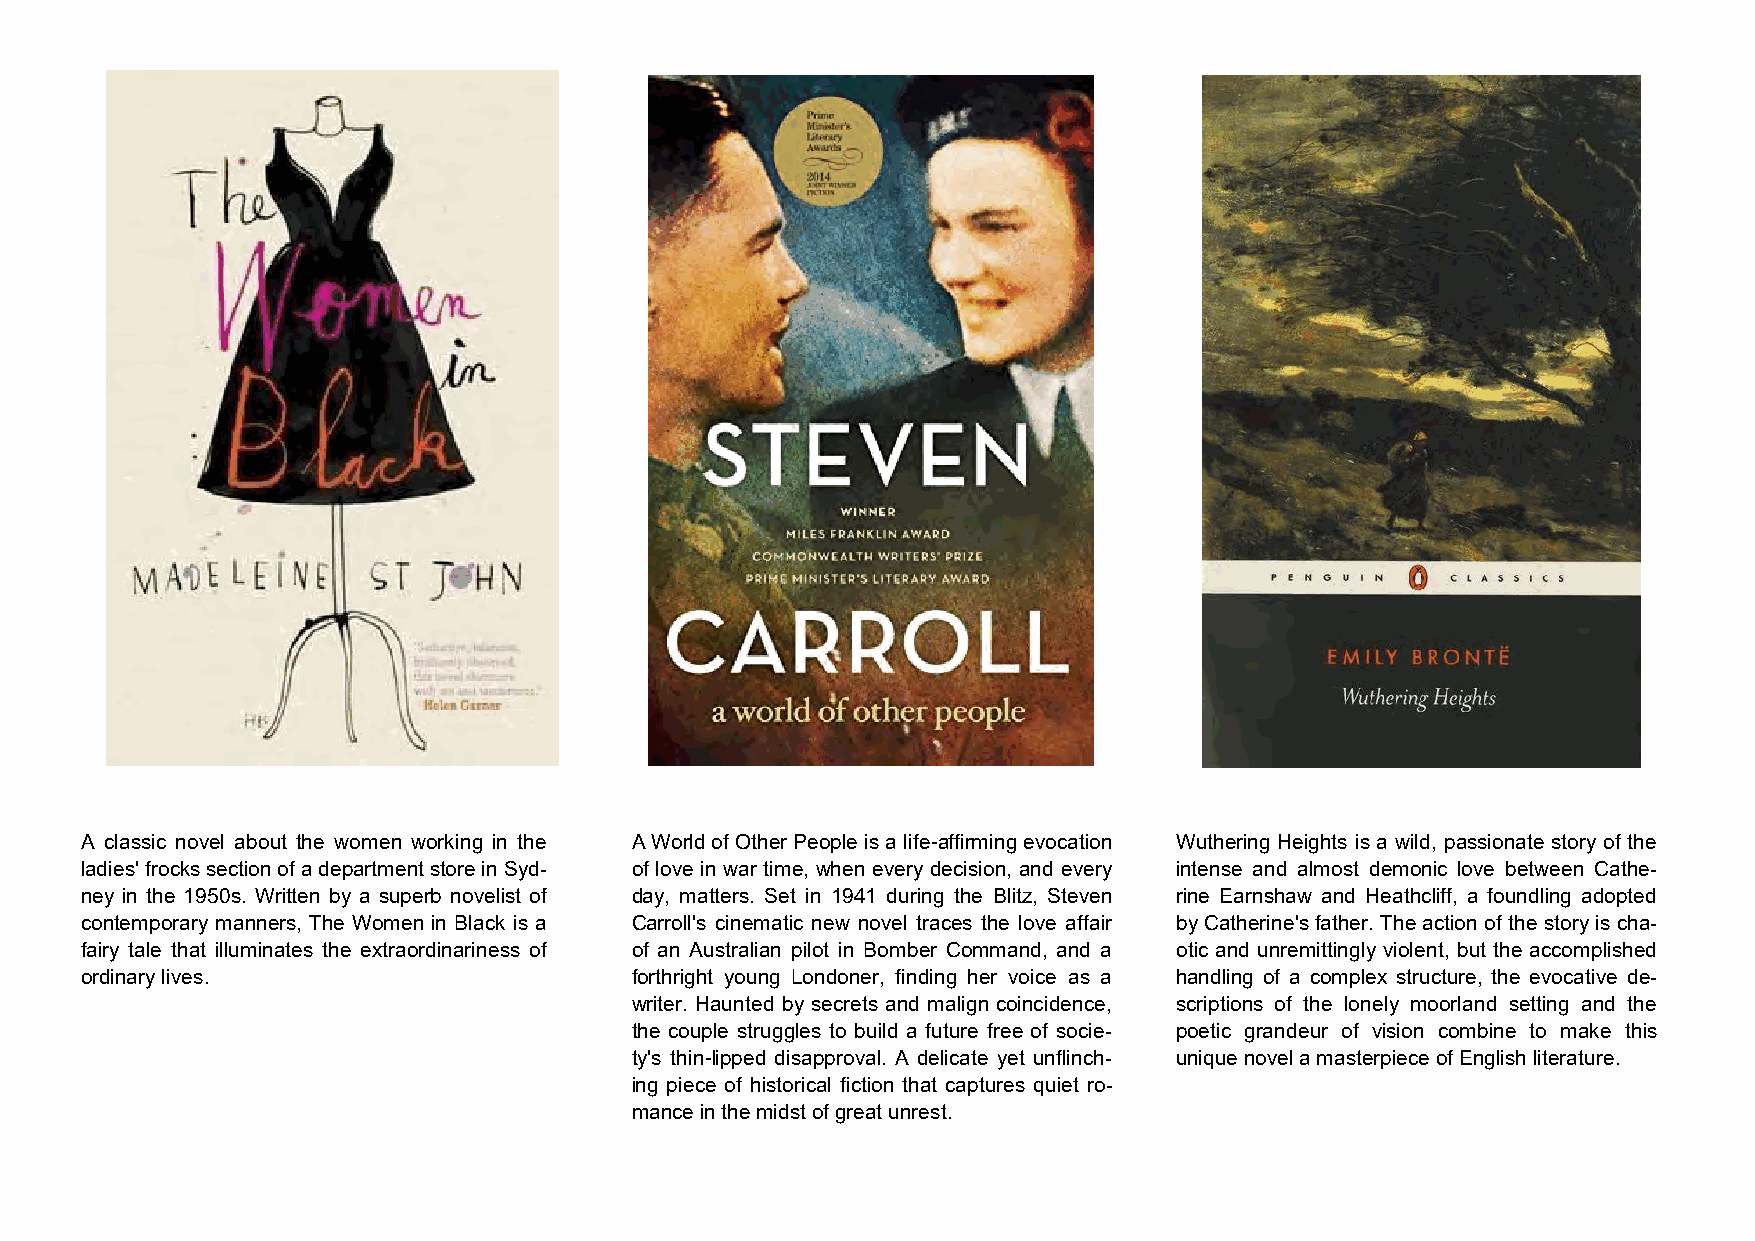
A classic novel about the women working in the A World of Other People is a life-affirming evocation Wuthering Heights is a wild, passionate story of the
 ladies' frocks section of a department store in Syd- of love in war time, when every decision, and every intense and almost demonic love between Cathe-
 ney in the 1950s. Written by a superb novelist of day, matters. Set in 1941 during the Blitz, Steven rine Earnshaw and Heathcliff, a foundling adopted
 contemporary manners, The Women in Black is a Carroll's cinematic new novel traces the love affair by Catherine's father. The action of the story is cha-
 fairy tale that illuminates the extraordinariness of of an Australian pilot in Bomber Command, and a otic and unremittingly violent, but the accomplished
 ordinary lives.                      forthright young Londoner, finding her voice as a handling of a complex structure, the evocative de-
 writer. Haunted by secrets and malign coincidence, scriptions of the lonely moorland setting and the
 the couple struggles to build a future free of socie- poetic grandeur of vision combine to make this
 ty's thin-lipped disapproval. A delicate yet unflinch- unique novel a masterpiece of English literature.
 ing piece of historical fiction that captures quiet ro-
 mance in the midst of great unrest.